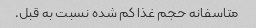
متاسفانه حجم غذا کم شده نسبت به قبل.